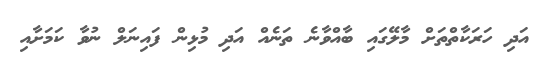
އަދި ހަރަކާތްތަށް މާލޭގައި ބާއްވާނެ ތަނެއް އަދި މުޅިން ފައިނަލް ނުވާ ކަމަށާއި